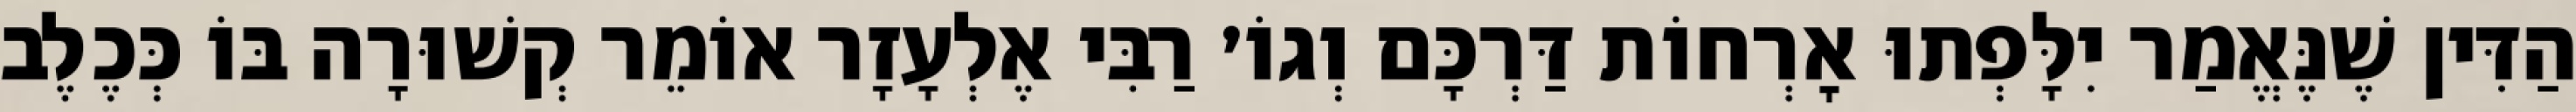
הַדִּין שֶׁנֶּאֱמַר יִלָּפְתוּ אׇרְחוֹת דַּרְכָּם וְגוֹ׳ רַבִּי אֶלְעָזָר אוֹמֵר קְשׁוּרָה בּוֹ כְּכֶלֶב